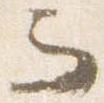
而